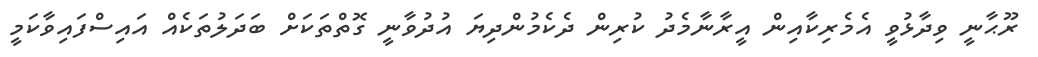
ރޫޙާނީ ވިދާޅުވީ އެމެރިކާއިން އީރާނާމެދު ކުރިން ދެކެމުންދިޔަ އުދުވާނީ ގޮތްތަކަށް ބަދަލުތަކެއް އައިސްފައިވާކަމީ